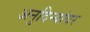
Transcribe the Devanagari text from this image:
अनुदिन्यांवर